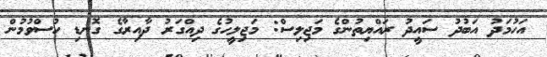
އަހުމަދު އަބުދު ސައީދު ރައްޔިތުންގެ މަޖިލިސް: މަޖިލީހުގެ ދިއްގަރު ދާއިރާގެ ގޮނޑި ހުސްވުމުން